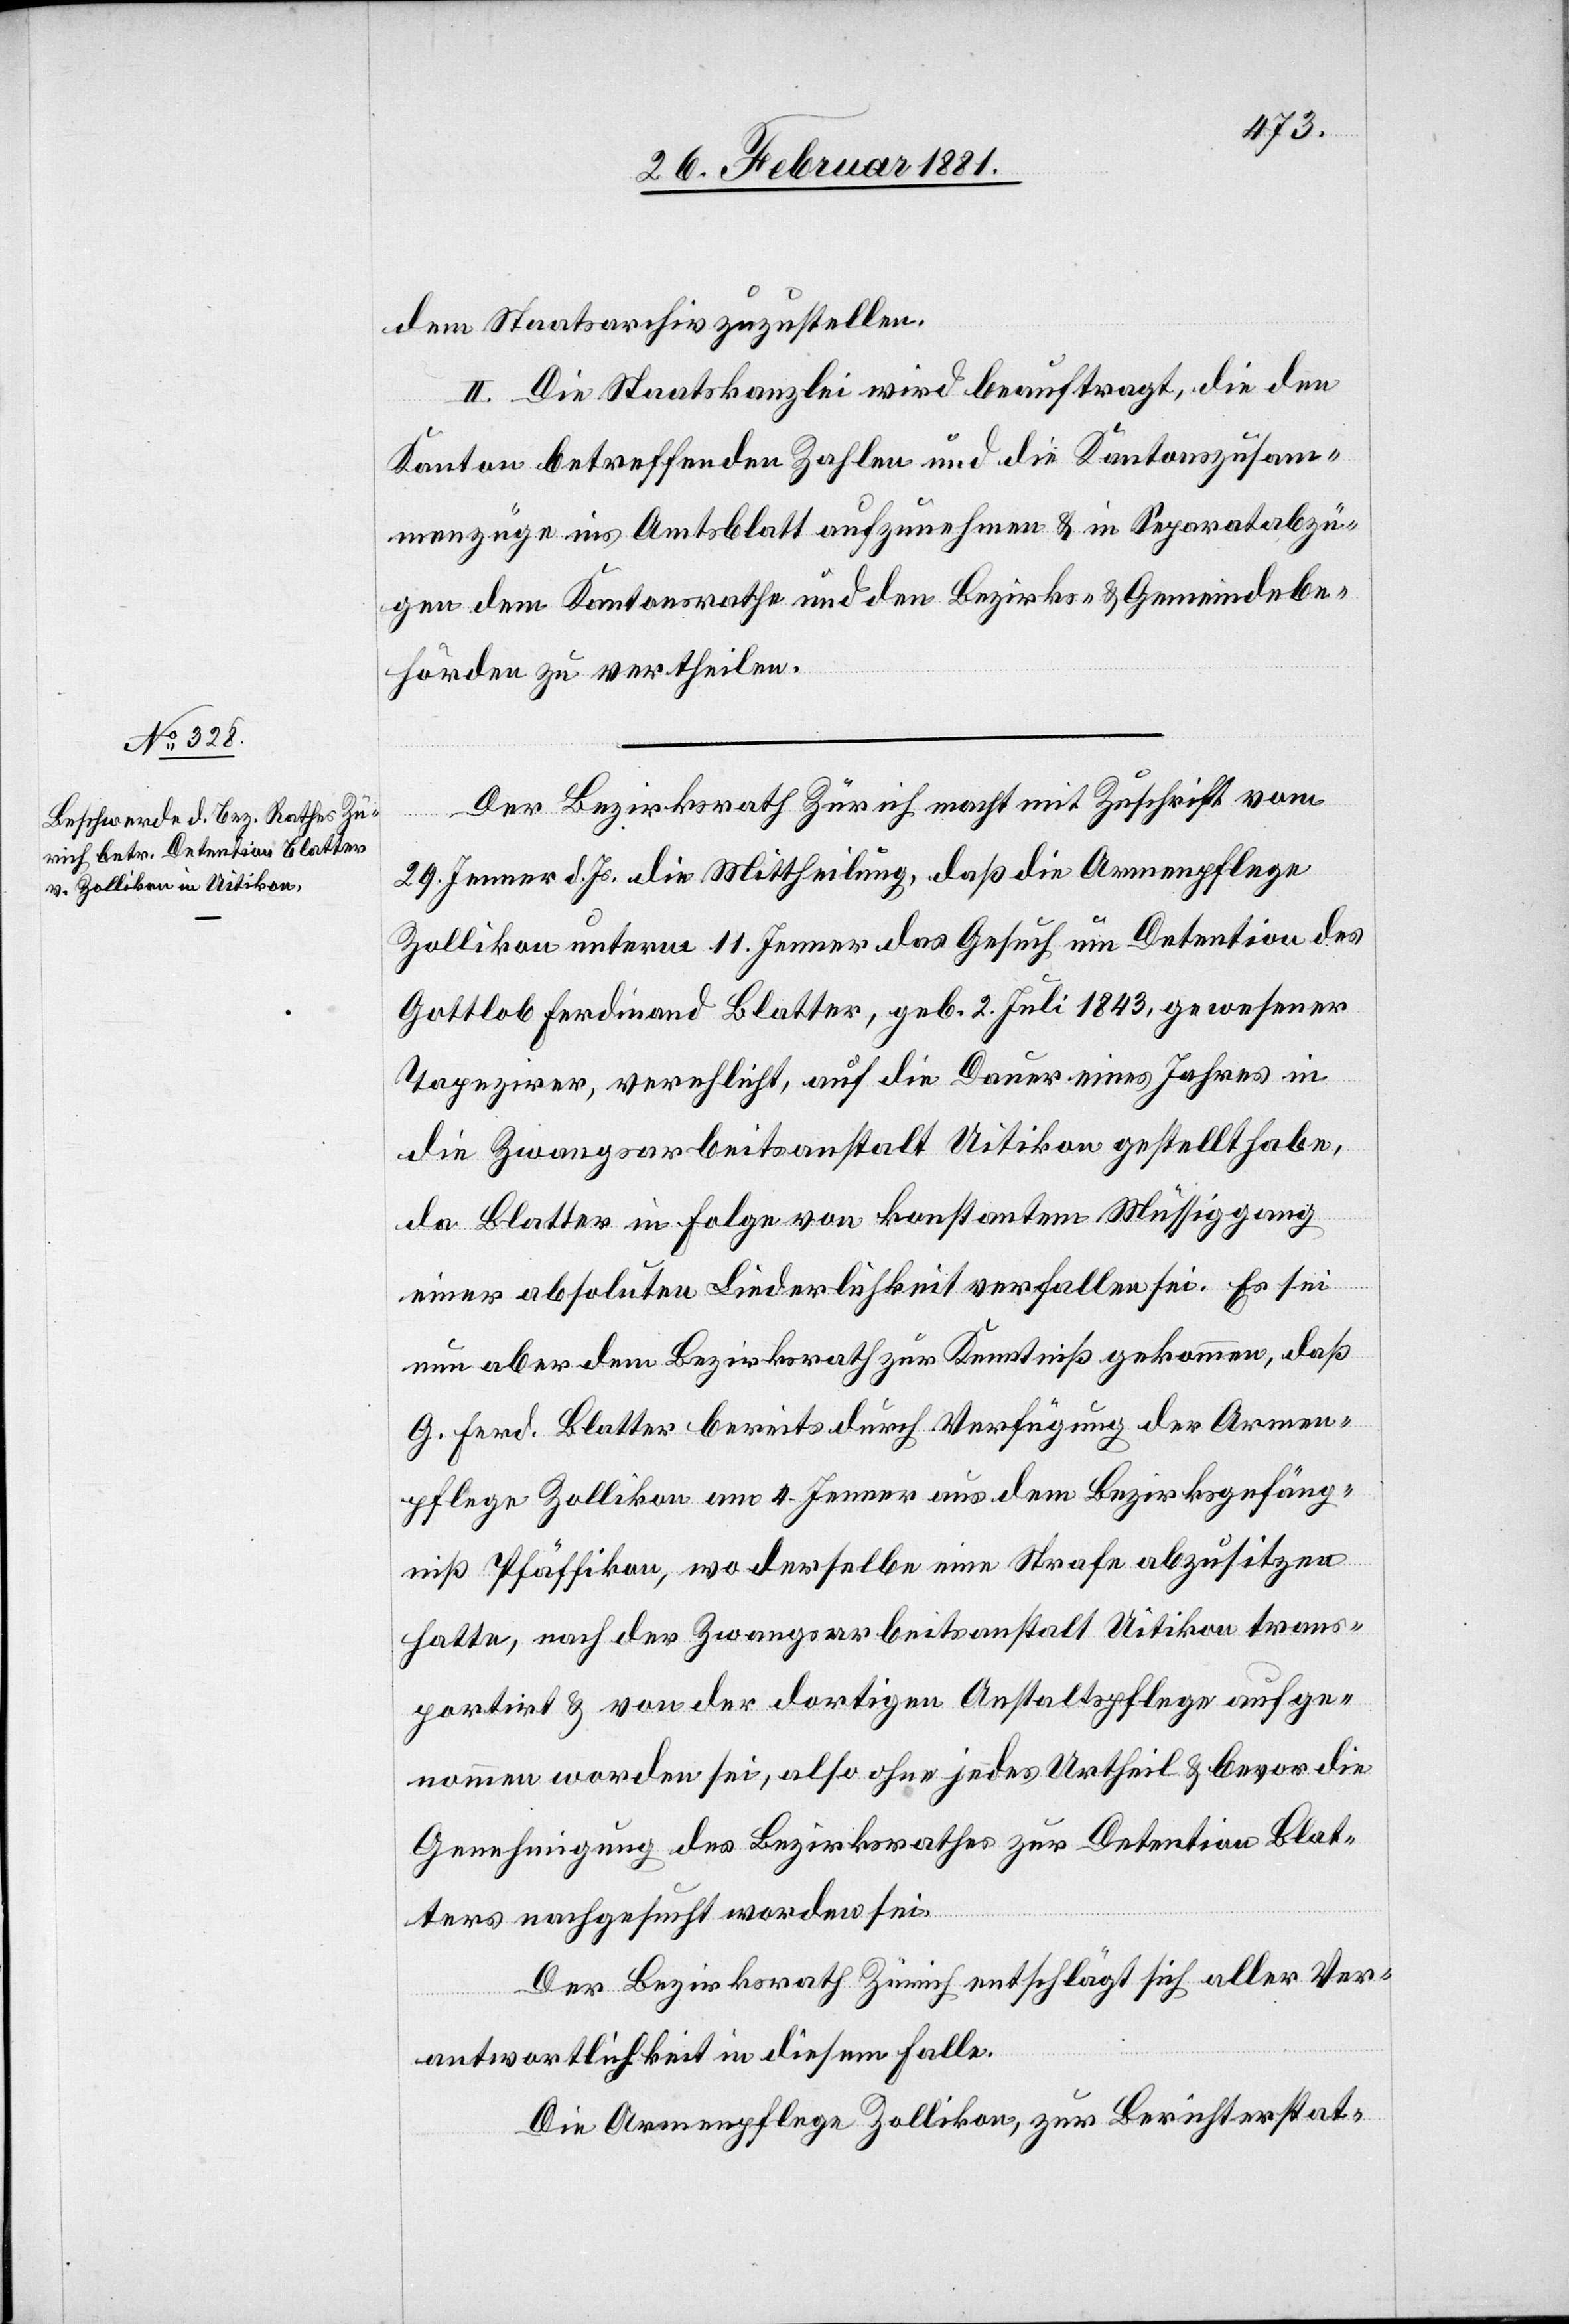
dem Staatsarchiv zuzustellen.
II. Die Staatskanzlei wird beauftragt, die den
Kanton betreffenden Zahlen und die Kantonszusam¬
menzüge ins Amtsblatt aufzunehmen & in Separatabzü¬
gen dem Kantonsrathe und den Bezirks- & Gemeindebe¬
hörden zu vertheilen.
Der Bezirksrath Zürich macht mit Zuschrift vom
29. Jenner d. Js. die Mittheilung, daß die Armenpflege
Zollikon unterm 11. Jenner das Gesuch um Detention des
Gottlob Ferdinand Blatter, geb. 2. Juli 1843, gewesener
Tapezirer, verehelicht, auf die Dauer eines Jahres in
die Zwangsarbeitsanstalt Uitikon gestellt habe,
da Blatter in Folge von konstantem Müssiggang
einer absoluten Liederlichkeit verfallen sei. Es sei
nun aber dem Bezirksrath zur Kenntniß gekommen, daß
G. Ferd. Blatter bereits durch Verfügung der Armen¬
pflege Zollikon am 4. Jenner aus dem Bezirksgefäng¬
niß Pfäffikon, wo derselbe eine Strafe abzusitzen
hatte, nach der Zwangsarbeitsanstalt Uitikon trans¬
portirt & von der dortigen Anstaltspflege aufge¬
nommen worden sei, also ohne jedes Urtheil & bevor die
Genehmigung des Bezirksrathes zur Detention Blat¬
ters nachgesucht worden sei.
Der Bezirksrath Zürich entschlägt sich aller Ver¬
antwortlichkeit in diesem Falle.
Die Armenpflege Zollikon, zur Berichterstat-